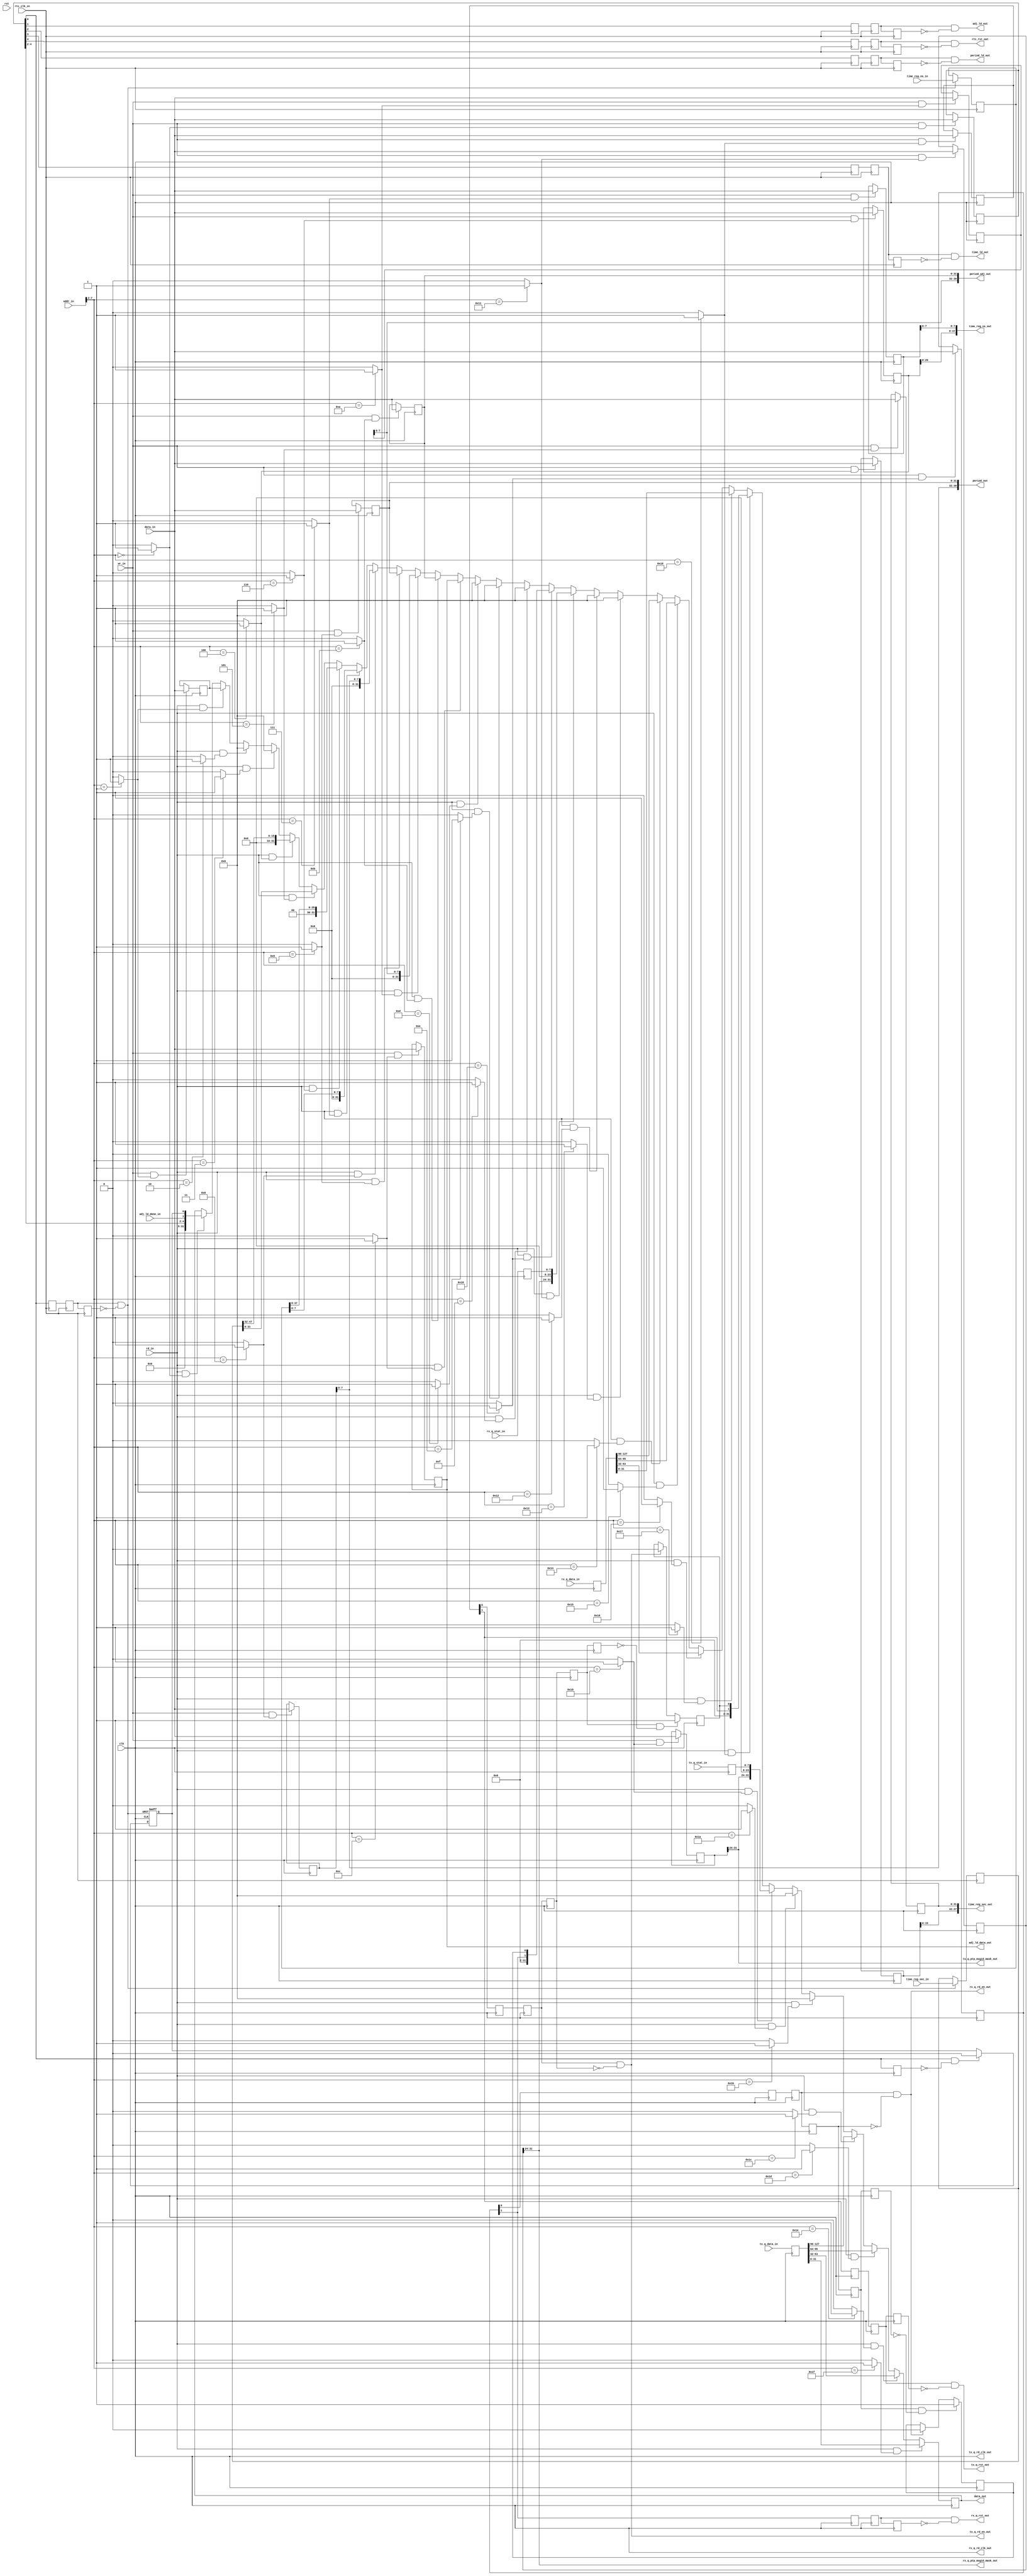
/*
 * reg.v
 * 
 * Copyright (c) 2012, BABY&HW. All rights reserved.
 *
 * This library is free software; you can redistribute it and/or
 * modify it under the terms of the GNU Lesser General Public
 * License as published by the Free Software Foundation; either
 * version 2.1 of the License, or (at your option) any later version.
 *
 * This library is distributed in the hope that it will be useful,
 * but WITHOUT ANY WARRANTY; without even the implied warranty of
 * MERCHANTABILITY or FITNESS FOR A PARTICULAR PURPOSE.  See the GNU
 * Lesser General Public License for more details.
 *
 * You should have received a copy of the GNU Lesser General Public
 * License along with this library; if not, write to the Free Software
 * Foundation, Inc., 51 Franklin Street, Fifth Floor, Boston,
 * MA 02110-1301  USA
 */

`timescale 1ns/1ns

module rgs (
  // generic bus interface
  input         rst,clk,
  input         wr_in,rd_in,
  input  [ 7:0] addr_in,
  input  [31:0] data_in,
  output [31:0] data_out,
  // rtc interface
  input         rtc_clk_in,
  output        rtc_rst_out,
  output        time_ld_out,
  output [37:0] time_reg_ns_out,
  output [47:0] time_reg_sec_out,
  output        period_ld_out,
  output [39:0] period_out,
  output        adj_ld_out,
  output [31:0] adj_ld_data_out,
  output [39:0] period_adj_out,
  input         adj_ld_done_in,
  input  [37:0] time_reg_ns_in,
  input  [47:0] time_reg_sec_in,
  // rx tsu interface
  output         rx_q_rst_out,
  output         rx_q_rd_clk_out,
  output         rx_q_rd_en_out,
  output [  7:0] rx_q_ptp_msgid_mask_out,
  input  [  7:0] rx_q_stat_in,
  input  [127:0] rx_q_data_in,
  // tx tsu interface
  output         tx_q_rst_out,
  output         tx_q_rd_clk_out,
  output         tx_q_rd_en_out,
  output [  7:0] tx_q_ptp_msgid_mask_out,
  input  [  7:0] tx_q_stat_in,
  input  [127:0] tx_q_data_in
);

parameter const_00 = 8'h00;
parameter const_04 = 8'h04;
parameter const_08 = 8'h08;
parameter const_0c = 8'h0C;
parameter const_10 = 8'h10;
parameter const_14 = 8'h14;
parameter const_18 = 8'h18;
parameter const_1c = 8'h1C;
parameter const_20 = 8'h20;
parameter const_24 = 8'h24;
parameter const_28 = 8'h28;
parameter const_2c = 8'h2C;
parameter const_30 = 8'h30;
parameter const_34 = 8'h34;
parameter const_38 = 8'h38;
parameter const_3c = 8'h3C;
parameter const_40 = 8'h40;
parameter const_44 = 8'h44;
parameter const_48 = 8'h48;
parameter const_4c = 8'h4C;
parameter const_50 = 8'h50;
parameter const_54 = 8'h54;
parameter const_58 = 8'h58;
parameter const_5c = 8'h5C;
parameter const_60 = 8'h60;
parameter const_64 = 8'h64;
parameter const_68 = 8'h68;
parameter const_6c = 8'h6C;
parameter const_70 = 8'h70;
parameter const_74 = 8'h74;
parameter const_78 = 8'h78;
parameter const_7c = 8'h7C;

wire cs_00 = (addr_in[7:2]==const_00[7:2])? 1'b1: 1'b0;
wire cs_04 = (addr_in[7:2]==const_04[7:2])? 1'b1: 1'b0;
wire cs_08 = (addr_in[7:2]==const_08[7:2])? 1'b1: 1'b0;
wire cs_0c = (addr_in[7:2]==const_0c[7:2])? 1'b1: 1'b0;
wire cs_10 = (addr_in[7:2]==const_10[7:2])? 1'b1: 1'b0;
wire cs_14 = (addr_in[7:2]==const_14[7:2])? 1'b1: 1'b0;
wire cs_18 = (addr_in[7:2]==const_18[7:2])? 1'b1: 1'b0;
wire cs_1c = (addr_in[7:2]==const_1c[7:2])? 1'b1: 1'b0;
wire cs_20 = (addr_in[7:2]==const_20[7:2])? 1'b1: 1'b0;
wire cs_24 = (addr_in[7:2]==const_24[7:2])? 1'b1: 1'b0;
wire cs_28 = (addr_in[7:2]==const_28[7:2])? 1'b1: 1'b0;
wire cs_2c = (addr_in[7:2]==const_2c[7:2])? 1'b1: 1'b0;
wire cs_30 = (addr_in[7:2]==const_30[7:2])? 1'b1: 1'b0;
wire cs_34 = (addr_in[7:2]==const_34[7:2])? 1'b1: 1'b0;
wire cs_38 = (addr_in[7:2]==const_38[7:2])? 1'b1: 1'b0;
wire cs_3c = (addr_in[7:2]==const_3c[7:2])? 1'b1: 1'b0;
wire cs_40 = (addr_in[7:2]==const_40[7:2])? 1'b1: 1'b0;
wire cs_44 = (addr_in[7:2]==const_44[7:2])? 1'b1: 1'b0;
wire cs_48 = (addr_in[7:2]==const_48[7:2])? 1'b1: 1'b0;
wire cs_4c = (addr_in[7:2]==const_4c[7:2])? 1'b1: 1'b0;
wire cs_50 = (addr_in[7:2]==const_50[7:2])? 1'b1: 1'b0;
wire cs_54 = (addr_in[7:2]==const_54[7:2])? 1'b1: 1'b0;
wire cs_58 = (addr_in[7:2]==const_58[7:2])? 1'b1: 1'b0;
wire cs_5c = (addr_in[7:2]==const_5c[7:2])? 1'b1: 1'b0;
wire cs_60 = (addr_in[7:2]==const_60[7:2])? 1'b1: 1'b0;
wire cs_64 = (addr_in[7:2]==const_64[7:2])? 1'b1: 1'b0;
wire cs_68 = (addr_in[7:2]==const_68[7:2])? 1'b1: 1'b0;
wire cs_6c = (addr_in[7:2]==const_6c[7:2])? 1'b1: 1'b0;
wire cs_70 = (addr_in[7:2]==const_70[7:2])? 1'b1: 1'b0;
wire cs_74 = (addr_in[7:2]==const_74[7:2])? 1'b1: 1'b0;
wire cs_78 = (addr_in[7:2]==const_78[7:2])? 1'b1: 1'b0;
wire cs_7c = (addr_in[7:2]==const_7c[7:2])? 1'b1: 1'b0;

reg [31:0] reg_00;  // ctrl 5 bit
reg [31:0] reg_04;  // scratch reg
reg [31:0] reg_08;  // null
reg [31:0] reg_0c;  // null
reg [31:0] reg_10;  // time 16 bit s
reg [31:0] reg_14;  // time 32 bit s
reg [31:0] reg_18;  // time 30 bit ns
reg [31:0] reg_1c;  // time  8 bit nsf
reg [31:0] reg_20;  // peri  8 bit ns
reg [31:0] reg_24;  // peri 32 bit nsf
reg [31:0] reg_28;  // ajpr  8 bit ns
reg [31:0] reg_2c;  // ajpr 32 bit nsf
reg [31:0] reg_30;  // ajld 32 bit
reg [31:0] reg_34;  // null
reg [31:0] reg_38;  // null
reg [31:0] reg_3c;  // null
reg [31:0] reg_40;  // ctrl  2 bit
reg [31:0] reg_44;  // qsta  8 bit
reg [31:0] reg_48;  // null
reg [31:0] reg_4c;  // null
reg [31:0] reg_50;  // rxqu 32 bit
reg [31:0] reg_54;  // rxqu 32 bit
reg [31:0] reg_58;  // rxqu 32 bit
reg [31:0] reg_5c;  // rxqu 32 bit
reg [31:0] reg_60;  // ctrl  2 bit
reg [31:0] reg_64;  // qsta  8 bit
reg [31:0] reg_68;  // null
reg [31:0] reg_6c;  // null
reg [31:0] reg_70;  // txqu 32 bit
reg [31:0] reg_74;  // txqu 32 bit
reg [31:0] reg_78;  // txqu 32 bit
reg [31:0] reg_7c;  // txqu 32 bit

// write registers
always @(posedge clk) begin
  if (wr_in && cs_00) reg_00 <= data_in;
  if (wr_in && cs_04) reg_04 <= data_in;
  if (wr_in && cs_08) reg_08 <= data_in;
  if (wr_in && cs_0c) reg_0c <= data_in;
  if (wr_in && cs_10) reg_10 <= data_in;
  if (wr_in && cs_14) reg_14 <= data_in;
  if (wr_in && cs_18) reg_18 <= data_in;
  if (wr_in && cs_1c) reg_1c <= data_in;
  if (wr_in && cs_20) reg_20 <= data_in;
  if (wr_in && cs_24) reg_24 <= data_in;
  if (wr_in && cs_28) reg_28 <= data_in;
  if (wr_in && cs_2c) reg_2c <= data_in;
  if (wr_in && cs_30) reg_30 <= data_in;
  if (wr_in && cs_34) reg_34 <= data_in;
  if (wr_in && cs_38) reg_38 <= data_in;
  if (wr_in && cs_3c) reg_3c <= data_in;
  if (wr_in && cs_40) reg_40 <= data_in;
  if (wr_in && cs_44) reg_44 <= data_in;
  if (wr_in && cs_48) reg_48 <= data_in;
  if (wr_in && cs_4c) reg_4c <= data_in;
  if (wr_in && cs_50) reg_50 <= data_in;
  if (wr_in && cs_54) reg_54 <= data_in;
  if (wr_in && cs_58) reg_58 <= data_in;
  if (wr_in && cs_5c) reg_5c <= data_in;
  if (wr_in && cs_60) reg_60 <= data_in;
  if (wr_in && cs_64) reg_64 <= data_in;
  if (wr_in && cs_68) reg_68 <= data_in;
  if (wr_in && cs_6c) reg_6c <= data_in;
  if (wr_in && cs_70) reg_70 <= data_in;
  if (wr_in && cs_74) reg_74 <= data_in;
  if (wr_in && cs_78) reg_78 <= data_in;
  if (wr_in && cs_7c) reg_7c <= data_in;
end

// read registers
reg  [37:0] time_reg_ns_int;
reg  [47:0] time_reg_sec_int;
reg  [127:0] rx_q_data_int;
reg  [  7:0] rx_q_stat_int;
reg  [127:0] tx_q_data_int;
reg  [  7:0] tx_q_stat_int;
reg         time_ok;
reg         rxqu_ok;
reg         txqu_ok;

reg  [31:0] data_out_reg;
always @(posedge clk) begin
  // register mapping: RTC
  if (rd_in && cs_00) data_out_reg <= {27'd0, reg_00[ 4: 2], adj_ld_done_in, time_ok};
  if (rd_in && cs_04) data_out_reg <= reg_04;
  if (rd_in && cs_08) data_out_reg <= 32'd0;
  if (rd_in && cs_0c) data_out_reg <= 32'd0;
  if (rd_in && cs_10) data_out_reg <= {16'd0, time_reg_sec_int[47:32]};
  if (rd_in && cs_14) data_out_reg <=         time_reg_sec_int[31: 0] ;
  if (rd_in && cs_18) data_out_reg <= { 2'd0, time_reg_ns_int [37: 8]};
  if (rd_in && cs_1c) data_out_reg <= {24'd0, time_reg_ns_int [ 7: 0]};
  if (rd_in && cs_20) data_out_reg <= {24'd0, reg_20[ 7: 0]};
  if (rd_in && cs_24) data_out_reg <= reg_24;
  if (rd_in && cs_28) data_out_reg <= {24'd0, reg_28[ 7: 0]};
  if (rd_in && cs_2c) data_out_reg <= reg_2c;
  if (rd_in && cs_30) data_out_reg <= reg_30;
  if (rd_in && cs_34) data_out_reg <= 32'd0;
  if (rd_in && cs_38) data_out_reg <= 32'd0;
  if (rd_in && cs_3c) data_out_reg <= 32'd0;
  // register mapping: TSU RX
  if (rd_in && cs_40) data_out_reg <= {30'd0, reg_40[ 1], rxqu_ok};
  if (rd_in && cs_44) data_out_reg <= {reg_44[31:24], 16'd0, rx_q_stat_int[ 7: 0]};
  if (rd_in && cs_48) data_out_reg <= 32'd0;
  if (rd_in && cs_4c) data_out_reg <= 32'd0;
  if (rd_in && cs_50) data_out_reg <= rx_q_data_int[127: 96];
  if (rd_in && cs_54) data_out_reg <= rx_q_data_int[ 95: 64];
  if (rd_in && cs_58) data_out_reg <= rx_q_data_int[ 63: 32];
  if (rd_in && cs_5c) data_out_reg <= rx_q_data_int[ 31:  0];
  // register mapping: TSU TX
  if (rd_in && cs_60) data_out_reg <= {30'd0, reg_60[ 1], txqu_ok}; 
  if (rd_in && cs_64) data_out_reg <= {reg_64[31:24], 16'd0, tx_q_stat_int[ 7: 0]};
  if (rd_in && cs_68) data_out_reg <= 32'd0;
  if (rd_in && cs_6c) data_out_reg <= 32'd0;
  if (rd_in && cs_70) data_out_reg <= tx_q_data_int[127: 96];
  if (rd_in && cs_74) data_out_reg <= tx_q_data_int[ 95: 64];
  if (rd_in && cs_78) data_out_reg <= tx_q_data_int[ 63: 32];
  if (rd_in && cs_7c) data_out_reg <= tx_q_data_int[ 31:  0];
end
assign data_out = data_out_reg;

// register mapping: RTC
//wire       = reg_00[ 7];
//wire       = reg_00[ 6];
//wire       = reg_00[ 5];
wire rtc_rst = reg_00[ 4];
wire time_ld = reg_00[ 3];
wire perd_ld = reg_00[ 2];
wire adjt_ld = reg_00[ 1];
wire time_rd = reg_00[ 0];
assign time_reg_sec_out [47:0] = {reg_10[15: 0], reg_14[31: 0]};
assign time_reg_ns_out  [37:0] = {reg_18[29: 0], reg_1c[ 7: 0]};
assign period_out       [39:0] = {reg_20[ 7: 0], reg_24[31: 0]};
assign period_adj_out   [39:0] = {reg_28[ 7: 0], reg_2c[31: 0]};
assign adj_ld_data_out  [31:0] =  reg_30[31: 0];

// register mapping: TSU RX
//wire       = reg_40[ 7];
//wire       = reg_40[ 6];
//wire       = reg_40[ 5];
//wire       = reg_40[ 4];
//wire       = reg_40[ 3];
//wire       = reg_40[ 2];
wire rxq_rst = reg_40[ 1];
wire rxqu_rd = reg_40[ 0];
assign rx_q_ptp_msgid_mask_out [7:0] = reg_44[31:24];

// register mapping: TSU TX
//wire       = reg_60[ 7];
//wire       = reg_60[ 6];
//wire       = reg_60[ 5];
//wire       = reg_60[ 4];
//wire       = reg_60[ 3];
//wire       = reg_60[ 2];
wire txq_rst = reg_60[ 1];
wire txqu_rd = reg_60[ 0];
assign tx_q_ptp_msgid_mask_out [7:0] = reg_64[31:24];
// TODO: add configurable VLANTPID values

// real time clock
reg rtc_rst_s1, rtc_rst_s2, rtc_rst_s3;
assign rtc_rst_out = rtc_rst_s2 && !rtc_rst_s3;
always @(posedge rtc_clk_in) begin
  rtc_rst_s1 <= rtc_rst;
  rtc_rst_s2 <= rtc_rst_s1;
  rtc_rst_s3 <= rtc_rst_s2;
end

reg time_ld_s1, time_ld_s2, time_ld_s3;
assign time_ld_out = time_ld_s2 && !time_ld_s3;
always @(posedge rtc_clk_in) begin
  time_ld_s1 <= time_ld;
  time_ld_s2 <= time_ld_s1;
  time_ld_s3 <= time_ld_s2;
end

reg perd_ld_s1, perd_ld_s2, perd_ld_s3;
assign period_ld_out  = perd_ld_s2 && !perd_ld_s3;
always @(posedge rtc_clk_in) begin
  perd_ld_s1 <= perd_ld;
  perd_ld_s2 <= perd_ld_s1;
  perd_ld_s3 <= perd_ld_s2;
end

reg adjt_ld_s1, adjt_ld_s2, adjt_ld_s3;
assign adj_ld_out = adjt_ld_s2 && !adjt_ld_s3;
always @(posedge rtc_clk_in) begin
  adjt_ld_s1 <= adjt_ld;
  adjt_ld_s2 <= adjt_ld_s1;
  adjt_ld_s3 <= adjt_ld_s2;
end

// RTC time read CDC hand-shaking
reg time_rd_s1, time_rd_s2, time_rd_s3;
wire time_rd_ack = time_rd_s2 && !time_rd_s3;
always @(posedge rtc_clk_in) begin
  time_rd_s1 <= time_rd;
  time_rd_s2 <= time_rd_s1;
  time_rd_s3 <= time_rd_s2;
end

always @(posedge rtc_clk_in) begin
  if (time_rd_ack) begin
    time_reg_ns_int  <= time_reg_ns_in;
    time_reg_sec_int <= time_reg_sec_in;	  
  end
end

reg time_rd_d1;
wire time_rd_req = time_rd && !time_rd_d1;
always @(posedge clk) begin
  time_rd_d1 <= time_rd;
end

always @(posedge clk or posedge time_rd_ack) begin
  if (time_rd_ack)
    time_ok <= 1'b1;
  else if (time_rd_req)
    time_ok <= 1'b0;
end

// rx time stamp queue
assign rx_q_rd_clk_out = clk;

reg rxq_rst_d1, rxq_rst_d2, rxq_rst_d3;
assign rx_q_rst_out = rxq_rst_d2 && !rxq_rst_d3;
always @(posedge clk) begin
  rxq_rst_d1 <= rxq_rst;
  rxq_rst_d2 <= rxq_rst_d1;
  rxq_rst_d3 <= rxq_rst_d2;
end

reg rxqu_rd_d1, rxqu_rd_d2, rxqu_rd_d3, rxqu_rd_d4, rxqu_rd_d5;
assign rx_q_rd_en_out = rxqu_rd_d2 && !rxqu_rd_d3;
wire   rx_q_rd_req    = rxqu_rd_d2 && !rxqu_rd_d3;
wire   rx_q_rd_ack    = rxqu_rd_d4 && !rxqu_rd_d5;
always @(posedge clk) begin
  rxqu_rd_d1 <= rxqu_rd;
  rxqu_rd_d2 <= rxqu_rd_d1;
  rxqu_rd_d3 <= rxqu_rd_d2;
  rxqu_rd_d4 <= rxqu_rd_d3;
  rxqu_rd_d5 <= rxqu_rd_d4;
end

always @(posedge clk) begin
  if (rx_q_rd_ack)
    rxqu_ok <= 1'b1;
  else if (rx_q_rd_req)
    rxqu_ok <= 1'b0;
end

always @(posedge clk) begin
  rx_q_data_int <= rx_q_data_in;
  rx_q_stat_int <= rx_q_stat_in;
end

// tx time stamp queue
assign tx_q_rd_clk_out = clk;

reg txq_rst_d1, txq_rst_d2, txq_rst_d3;
assign tx_q_rst_out = txq_rst_d2 && !txq_rst_d3;
always @(posedge clk) begin
  txq_rst_d1 <= txq_rst;
  txq_rst_d2 <= txq_rst_d1;
  txq_rst_d3 <= txq_rst_d2;
end

reg txqu_rd_d1, txqu_rd_d2, txqu_rd_d3, txqu_rd_d4, txqu_rd_d5;
assign tx_q_rd_en_out = txqu_rd_d2 && !txqu_rd_d3;
wire   tx_q_rd_req    = txqu_rd_d2 && !txqu_rd_d3;
wire   tx_q_rd_ack    = txqu_rd_d4 && !txqu_rd_d5;
always @(posedge clk) begin
  txqu_rd_d1 <= txqu_rd;
  txqu_rd_d2 <= txqu_rd_d1;
  txqu_rd_d3 <= txqu_rd_d2;
  txqu_rd_d4 <= txqu_rd_d3;
  txqu_rd_d5 <= txqu_rd_d4;
end

always @(posedge clk) begin
  if (tx_q_rd_ack)
    txqu_ok <= 1'b1;
  else if (tx_q_rd_req)
    txqu_ok <= 1'b0;
end

always @(posedge clk) begin
  tx_q_data_int <= tx_q_data_in;
  tx_q_stat_int <= tx_q_stat_in;
end

endmodule